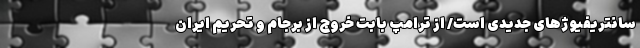
سانتریفیوژهای جدیدی است/ از ترامپ بابت خروج از برجام و تحریم ایران